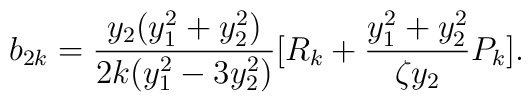
b_{2k}=\frac{y_{2}(y_{1}^{2}+y_{2}^{2})}{2k(y_{1}^{2}-3y_{2}^{2})}[R_{k} +\frac{y_{1}^{2}+y_{2}^{2}}{\zeta y_{2}}P_{k}].